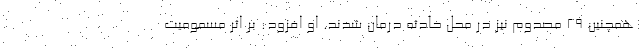
همچنین ۲۹ مصدوم نیز در محل حادثه درمان شدند. او افزود: بر اثر مسمومیت